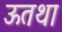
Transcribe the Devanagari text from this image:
ऊतथा